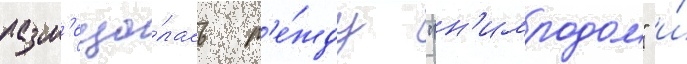
разм'еща́лась м'е́жду "н'имродом" и́